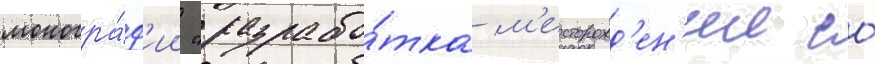
моногра́ф'ии "разрабо́тка м'есторожд'ен'ии со́